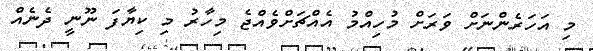
މި އަހަރެންނަށް ވަރަށް މުހިއްމު އެއްޗަށްވެއްޖެ މިހާރު މި ކިޔާފަ ނޫނީ ދެނެއް